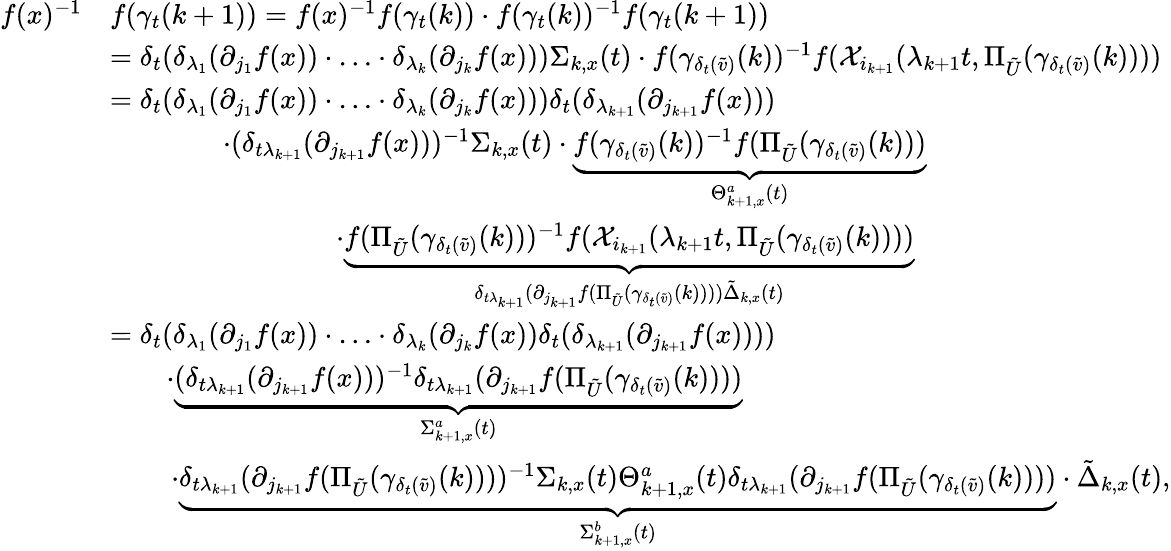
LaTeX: \begin{array}{rl}{f(x)^{-1}}&{f(\gamma_{t}(k+1))=f(x)^{-1}f(\gamma_{t}(k))\cdot f(\gamma_{t}(k))^{-1}f(\gamma_{t}(k+1))}\\ &{=\delta_{t}(\delta_{\lambda_{1}}(\partial_{j_{1}}f(x))\cdot\ldots\cdot\delta_{\lambda_{k}}(\partial_{j_{k}}f(x)))\Sigma_{k,x}(t)\cdot f(\gamma_{\delta_{t}(\tilde{v})}(k))^{-1}f(\mathcal{X}_{i_{k+1}}(\lambda_{k+1}t,\Pi_{\tilde{U}}(\gamma_{\delta_{t}(\tilde{v})}(k))))}\\ &{=\delta_{t}(\delta_{\lambda_{1}}(\partial_{j_{1}}f(x))\cdot\ldots\cdot\delta_{\lambda_{k}}(\partial_{j_{k}}f(x)))\delta_{t}(\delta_{\lambda_{k+1}}(\partial_{j_{k+1}}f(x)))}\\ &{\qquad\qquad\cdot(\delta_{t\lambda_{k+1}}(\partial_{j_{k+1}}f(x)))^{-1}\Sigma_{k,x}(t)\cdot\underbrace{f(\gamma_{\delta_{t}(\tilde{v})}(k))^{-1}f(\Pi_{\tilde{U}}(\gamma_{\delta_{t}(\tilde{v})}(k)))}_{\Theta_{k+1,x}^{a}(t)}}\\ &{\qquad\qquad\qquad\qquad\cdot\underbrace{f(\Pi_{\tilde{U}}(\gamma_{\delta_{t}(\tilde{v})}(k)))^{-1}f(\mathcal{X}_{i_{k+1}}(\lambda_{k+1}t,\Pi_{\tilde{U}}(\gamma_{\delta_{t}(\tilde{v})}(k))))}_{\delta_{t\lambda_{k+1}}(\partial_{j_{k+1}}f(\Pi_{\tilde{U}}(\gamma_{\delta_{t}(\tilde{v})}(k))))\tilde{\Delta}_{k,x}(t)}}\\ &{=\delta_{t}(\delta_{\lambda_{1}}(\partial_{j_{1}}f(x))\cdot\ldots\cdot\delta_{\lambda_{k}}(\partial_{j_{k}}f(x))\delta_{t}(\delta_{\lambda_{k+1}}(\partial_{j_{k+1}}f(x))))}\\ &{\qquad\cdot\underbrace{(\delta_{t\lambda_{k+1}}(\partial_{j_{k+1}}f(x)))^{-1}\delta_{t\lambda_{k+1}}(\partial_{j_{k+1}}f(\Pi_{\tilde{U}}(\gamma_{\delta_{t}(\tilde{v})}(k))))}_{\Sigma_{k+1,x}^{a}(t)}}\\ &{\, \qquad\cdot\underbrace{\delta_{t\lambda_{k+1}}(\partial_{j_{k+1}}f(\Pi_{\tilde{U}}(\gamma_{\delta_{t}(\tilde{v})}(k))))^{-1}\Sigma_{k,x}(t)\Theta_{k+1,x}^{a}(t)\delta_{t\lambda_{k+1}}(\partial_{j_{k+1}}f(\Pi_{\tilde{U}}(\gamma_{\delta_{t}(\tilde{v})}(k))))}_{\Sigma_{k+1,x}^{b}(t)}\cdot\tilde{\Delta}_{k,x}(t),}\end{array}